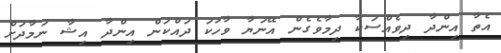
އެތާ އިންދާ ދިވެއްސަކާ ދިމާވެގެން އޭނަޔާ ވާހަކަ ދައްކަން އިންދާ އިޝާ ނަމާދަށް